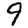
Digit: 9